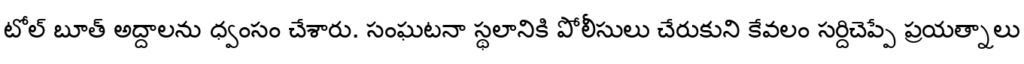
టోల్ బూత్ అద్దాలను ధ్వంసం చేశారు. సంఘటనా స్థలానికి పోలీసులు చేరుకుని కేవలం సర్దిచెప్పే ప్రయత్నాలు